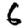
Digit: 6